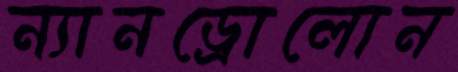
ন্যানড্রোলোন